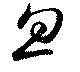
忽